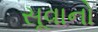
સૂવાનો